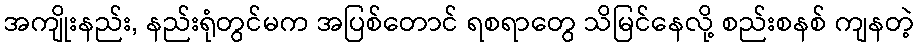
အကျိုးနည်း, နည်းရုံတွင်မက အပြစ်တောင် ရစရာတွေ သိမြင်နေလို့ စည်းစနစ် ကျနတဲ့